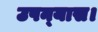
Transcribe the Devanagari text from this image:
उपन्‍यास।